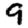
Digit: 9